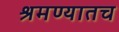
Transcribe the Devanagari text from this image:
श्रमण्यातच